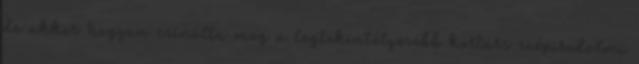
de akkor hogyan csinálta meg a legtekintélyesebb kortárs szépirodalmi